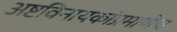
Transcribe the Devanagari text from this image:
अष्टविनायकांप्रमाणेच